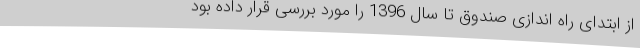
از ابتدای راه اندازی صندوق تا سال 1396 را مورد بررسی قرار داده بود